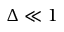
\Delta \ll 1